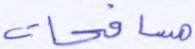
مسافحات